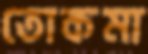
তোকমা